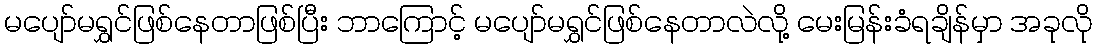
မပျော်မရွှင်ဖြစ်နေတာဖြစ်ပြီး ဘာကြောင့် မပျော်မရွှင်ဖြစ်နေတာလဲလို့ မေးမြန်းခံရချိန်မှာ အခုလို